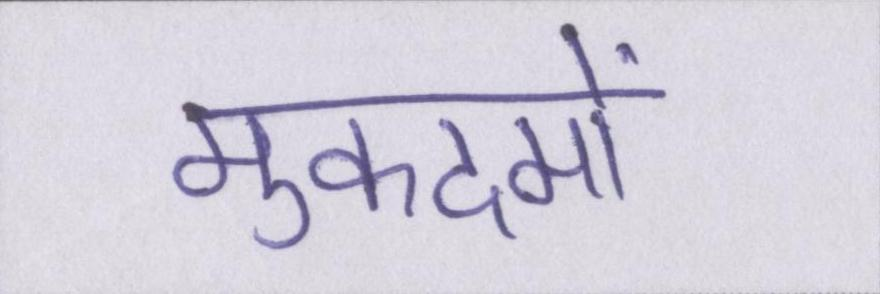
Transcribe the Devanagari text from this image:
मुकदमों